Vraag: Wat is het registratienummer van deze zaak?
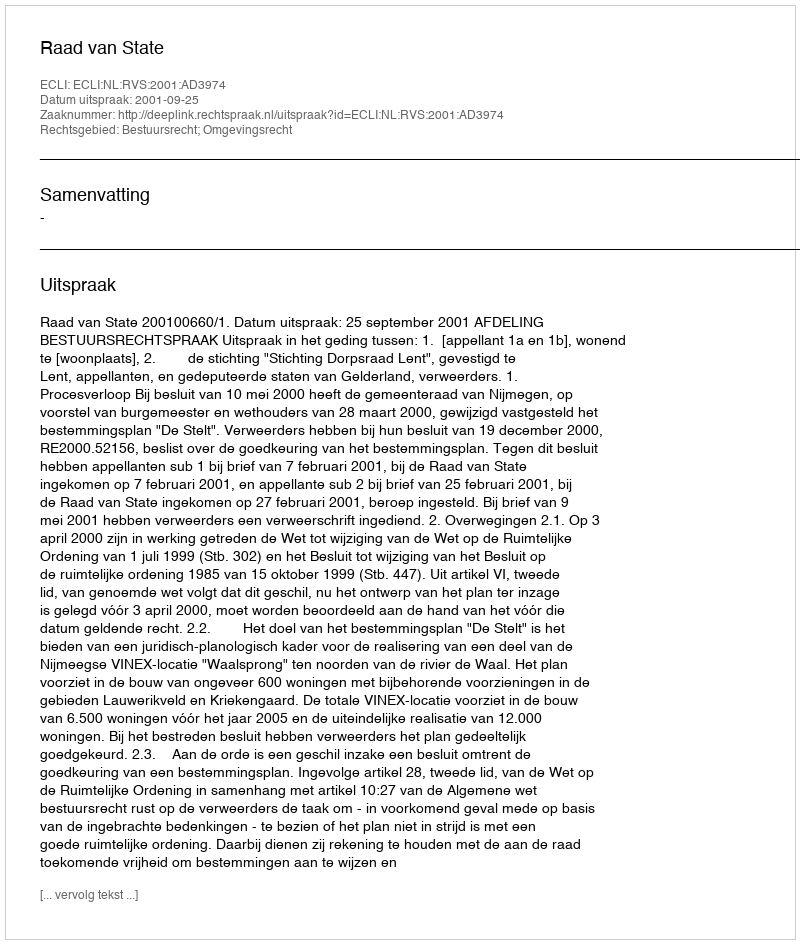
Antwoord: http://deeplink.rechtspraak.nl/uitspraak?id=ECLI:NL:RVS:2001:AD3974